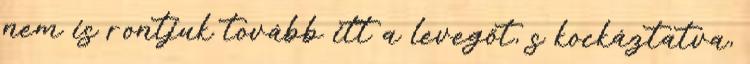
nem is rontjuk tovább itt a levegőt, s kockáztatva,